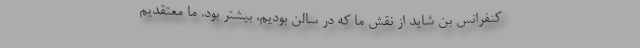
کنفرانس بن شاید از نقش ما که در سالن بودیم، بیشتر بود. ما معتقدیم